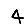
Digit: 4